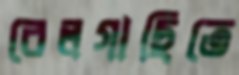
বেলগাছিতে